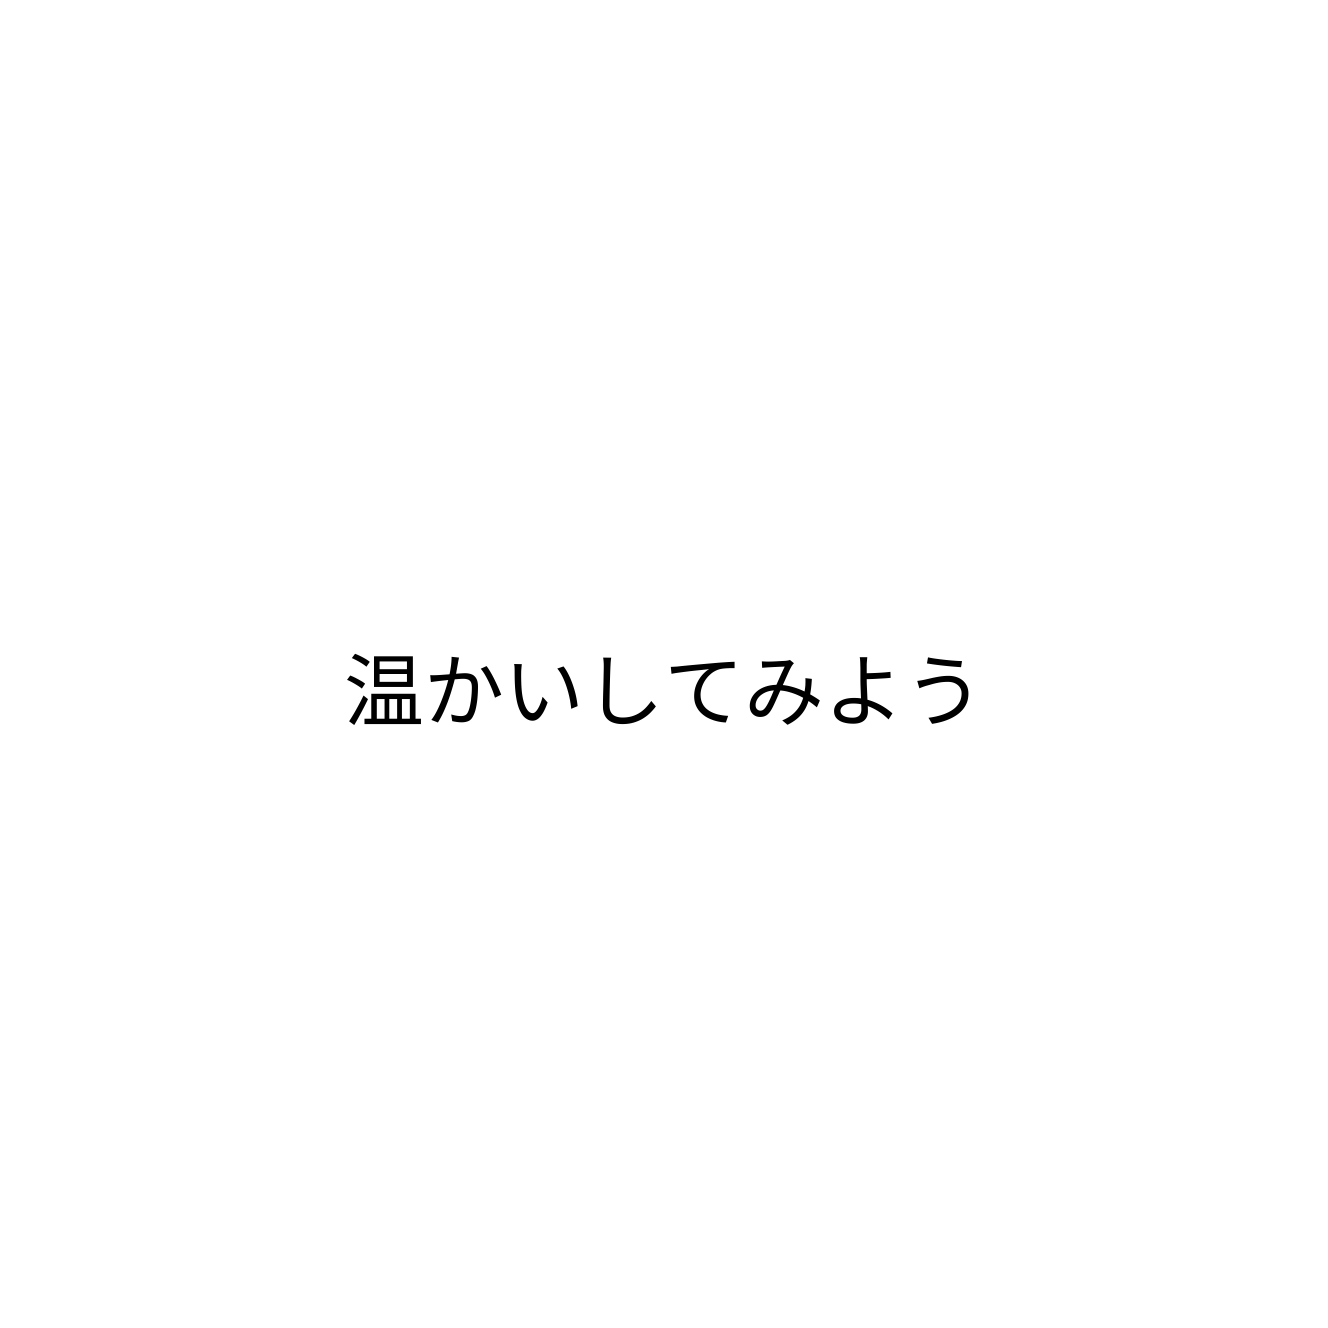
温かいしてみよう